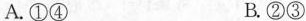
A.①④ B.②③